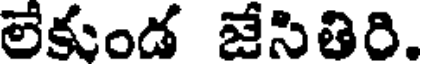
లేకుండ జేసితిరి.